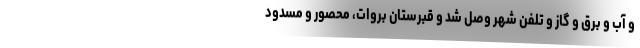
و آب و برق و گاز و تلفن شهر وصل شد و قبرستان بروات، محصور و مسدود